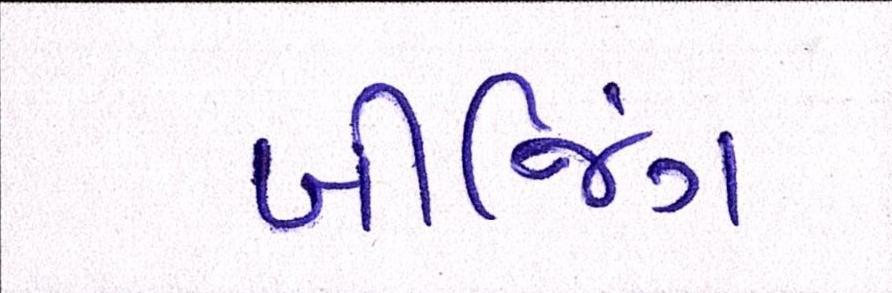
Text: બીજિંગ